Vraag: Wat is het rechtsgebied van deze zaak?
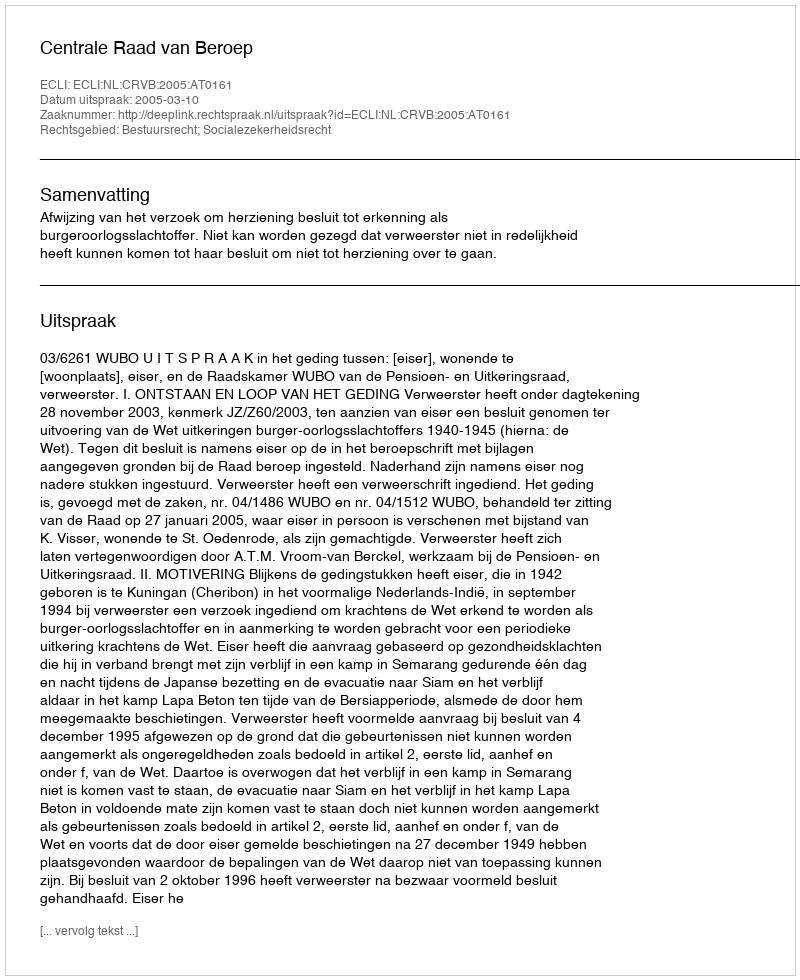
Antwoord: Bestuursrecht; Socialezekerheidsrecht